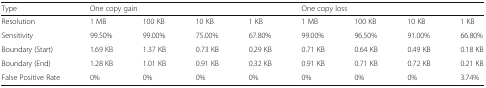
<table><thead><tr><td><b>Type</b></td><td colspan="4"><b>One copy gain</b></td><td colspan="4"><b>One copy loss</b></td></tr></thead><tbody><tr><td>Resolution</td><td>1 MB</td><td>100 KB</td><td>10 KB</td><td>1 KB</td><td>1 MB</td><td>100 KB</td><td>10 KB</td><td>1 KB</td></tr><tr><td>Sensitivity</td><td>99.50%</td><td>99.00%</td><td>75.00%</td><td>67.80%</td><td>99.00%</td><td>96.50%</td><td>91.00%</td><td>66.80%</td></tr><tr><td>Boundary (Start)</td><td>1.69 KB</td><td>1.37 KB</td><td>0.73 KB</td><td>0.29 KB</td><td>0.71 KB</td><td>0.64 KB</td><td>0.49 KB</td><td>0.18 KB</td></tr><tr><td>Boundary (End)</td><td>1.28 KB</td><td>1.01 KB</td><td>0.91 KB</td><td>0.32 KB</td><td>0.91 KB</td><td>0.71 KB</td><td>0.72 KB</td><td>0.21 KB</td></tr><tr><td>False Positive Rate</td><td>0%</td><td>0%</td><td>0%</td><td>0%</td><td>0%</td><td>0%</td><td>0%</td><td>3.74%</td></tr></tbody></table>